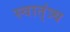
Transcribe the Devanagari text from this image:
स्वात्ंत्र्य